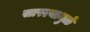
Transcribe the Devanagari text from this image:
सारल्यामुळे